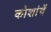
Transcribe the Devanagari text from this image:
कोशांचें